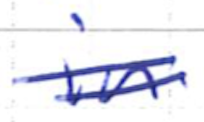
Text: in
Cross-out: double-line
Writing tool: ballpoint